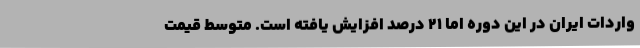
واردات ایران در این دوره اما 21 درصد افزایش یافته است. متوسط قیمت